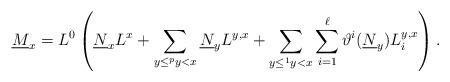
LaTeX: \begin{align*}\underline{M}_{x}=L^{0} \left( \underline{N}_{x}L^{x} + \sum _{y\leq^py<x}\underline{N}_{y}L^{y,x} + \sum _{y\leq^1y<x} \sum _{i=1}^{\ell}\vartheta^i(\underline{N}_{y})L_i^{y,x} \right).\end{align*}